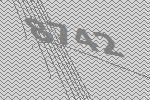
8742